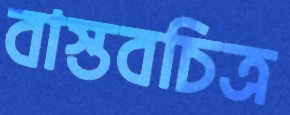
বাস্তবচিত্র